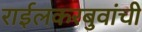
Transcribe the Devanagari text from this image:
राईलकरबुवांची